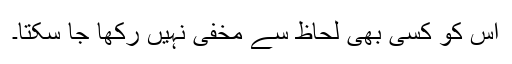
اس کو کسی بھی لحاظ سے مخفی نہیں رکھا جا سکتا۔